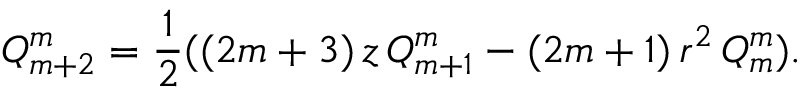
Q _ { m + 2 } ^ { m } = \frac { 1 } { 2 } ( ( 2 m + 3 ) \, z \, Q _ { m + 1 } ^ { m } - ( 2 m + 1 ) \, r ^ { 2 } \, Q _ { m } ^ { m } ) .